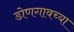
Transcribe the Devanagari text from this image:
डोणगावच्या